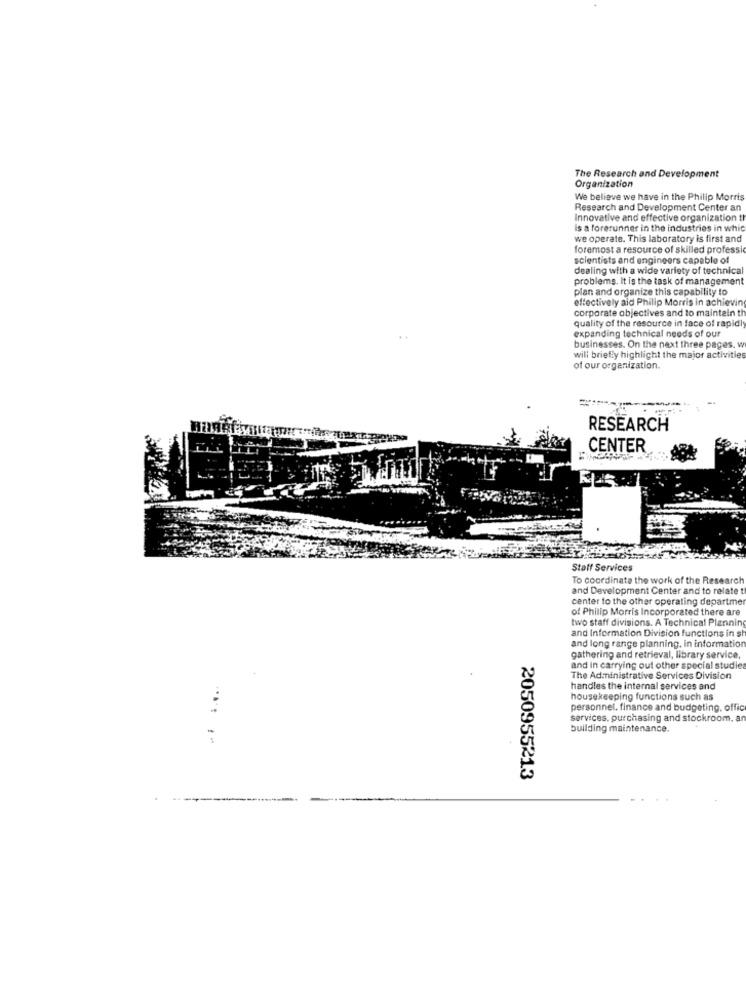
The Research and Development
Organization
We believe we have in the Philip Morris
Research and Development Center an
Innovative and effective organization th
is a forerunner in the industries in whit
we operate. This laboratory is first and
foremost a resource of skilled professic
scientists and engineers capable of
dealing with a wide variety of technical
problems. It is the task of management
plan and organize this capability to
effectively aid Philip Morris in achieving
corporate objectives and to maintain th
quality of the resource in face of rapidly
expanding technical needs of our
businesses. On the next three pages. w
will briefly highlight the major activities
of our organization.
RESEARCH
CENTER
Staff Services
To coordinate the work of the Research
and Development Center and to relate t
center to the other operating departme
of Philip Morris Incorporated there are
two staff divisions. A Technical Planning
and Information Division functions in s
and long range planning. in information
gathering and retrieval, library service,
and in carrying out other special studies
The Administrative Services Division
handles the internal services and
housekeeping functions such as
personnel. finance and budgeting. offic
services, purchasing and stockroom. a
building maintenance.
2050955213